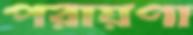
পরায়ণা